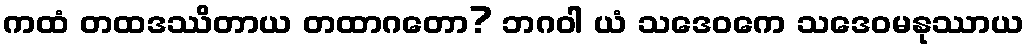
ကထံ တထဒဿိတာယ တထာဂတော? ဘဂဝါ ယံ သဒေဝကေ သဒေဝမနုဿာယ